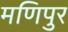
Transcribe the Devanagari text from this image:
मणिपुर